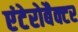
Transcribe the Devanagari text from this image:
एंटेरोबैक्टर